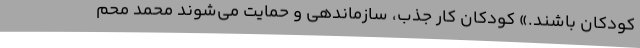
کودکان باشند.» کودکان کار جذب، سازماندهی و حمایت می‌شوند محمد محم